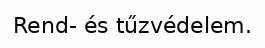
Rend- és tűzvédelem.